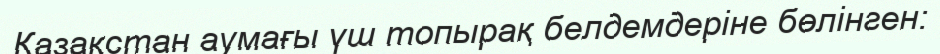
Қазақстан аумағы үш топырақ белдемдеріне бөлінген: